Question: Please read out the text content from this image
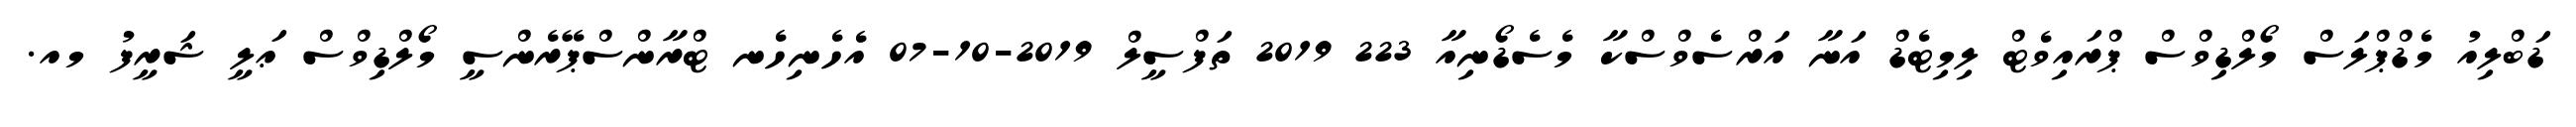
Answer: ޑަބްލިއު މެޑްޕްލަސް މޯލްޑިވްސް ޕްރައިވެޓް ލިމިޓެޑް އަނާ އަރްސެވްސްކާ މެސެޑޯނިއާ 223 2019 ތަފްސީލް 2019-10-07 އެހެނިހެނ ޓްރާންސްޕޭރެންސީ މޯލްޑިވްސް ޢަލީ ޝަރީފު މއ.